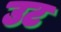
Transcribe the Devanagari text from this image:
उट